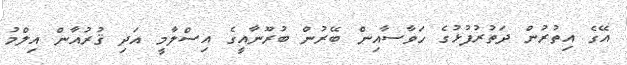
އޭގެ އިތުރުން ދަތުރުފުޅުގެ ހަވާސާއިން ބޭރުން ބުރޫނާއީގެ އިސްލާމީ އަދި ޤުރުއާން އިލްމު